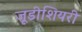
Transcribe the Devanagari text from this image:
जूडीशियरी